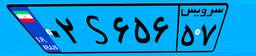
۹۸S۱۲۹۶۲